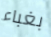
بغباء